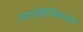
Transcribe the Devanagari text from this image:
साहित्यिकांसह